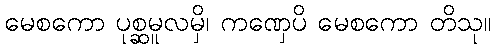
မေစကော ပုစ္ဆမူလမှိ၊ ကဏှေပိ မေစကော တိသု။